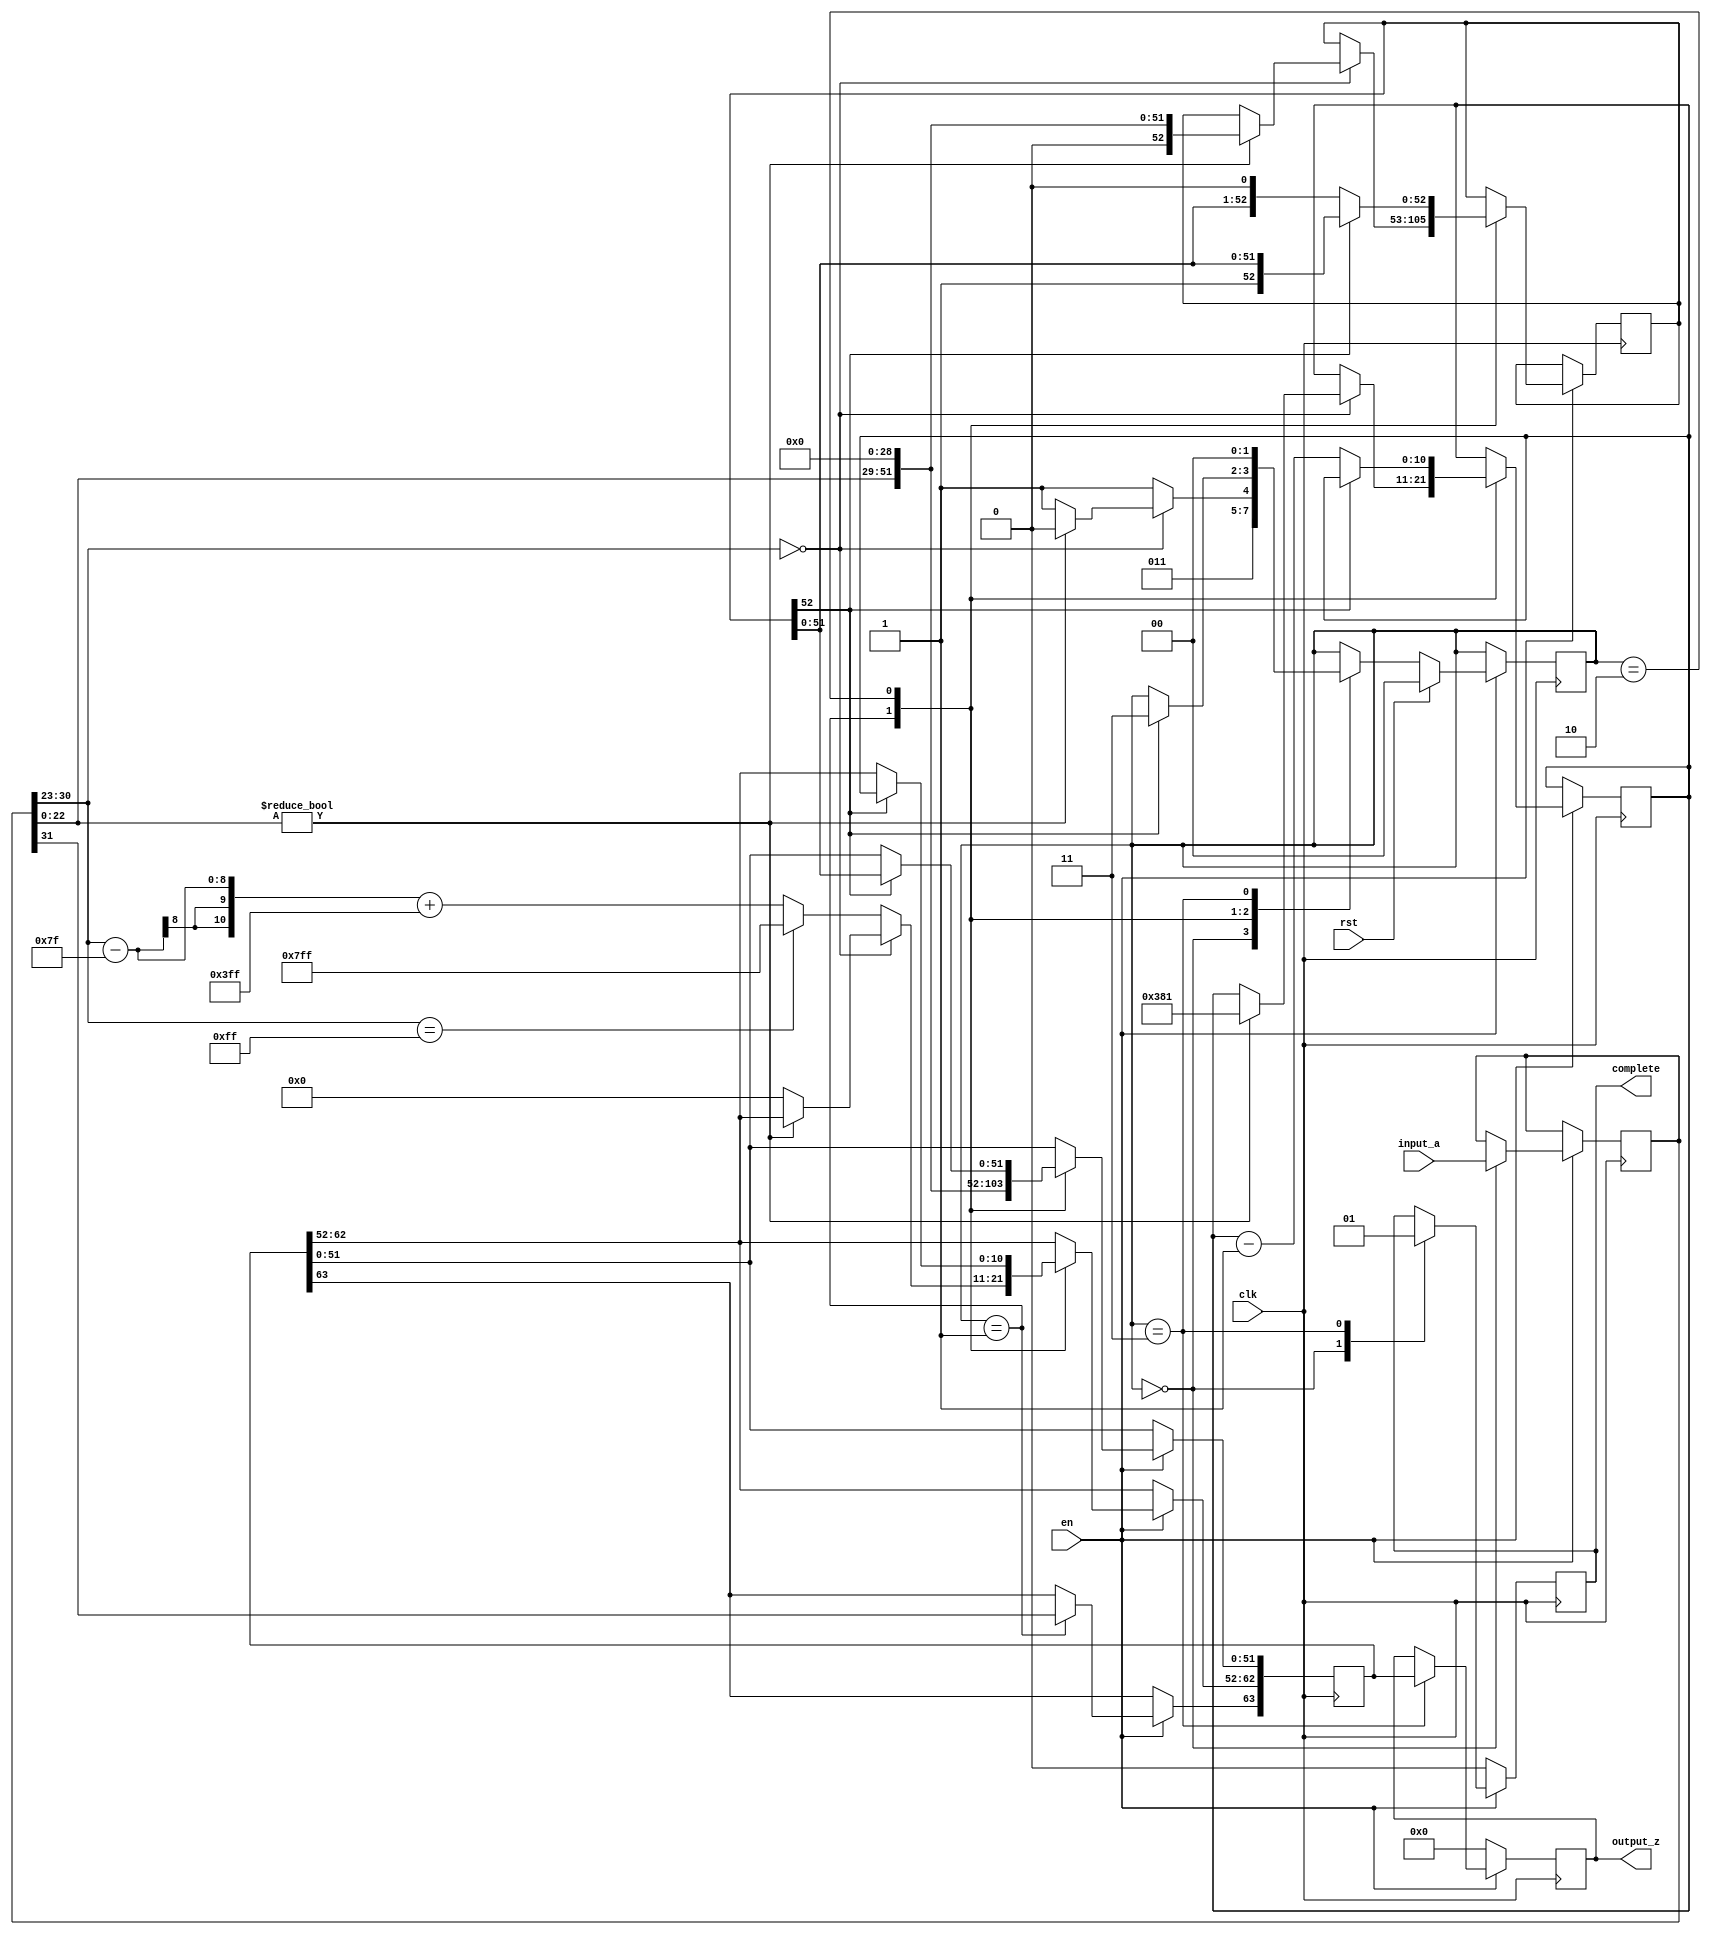
`timescale 1ns / 1ps
//////////////////////////////////////////////////////////////////////////////////
// Company: 
// Engineer: 
// 
// Design Name: 
// Module Name: floattodouble
// Project Name: 
// Target Devices: 
// Tool Versions: 
// Description: 
// 
// Dependencies: 
// 
// Revision:
// Revision 0.01 - File Created
// Additional Comments:
// 
//////////////////////////////////////////////////////////////////////////////////


//Integer to IEEE Floating Point Converter (Double Precision)
//Copyright (C) Jonathan P Dawson 2013
//2013-12-12
module floattodouble(
        input_a,
        clk,
        rst,
        en,
		complete,
        output_z);

  input     clk;
  input     rst;
input   en;
  input     [31:0] input_a;
  output    [63:0] output_z;
    output complete;
  reg       [63:0] s_output_z;
   reg	 s_complete;
 
 
  reg       [1:0] state;
  parameter get_a         = 3'd0,
            convert_0     = 3'd1,
            normalise_0   = 3'd2,
            put_z         = 3'd3;

  reg [63:0] z;
  reg [10:0] z_e;
  reg [52:0] z_m;
  reg [31:0] a;

  always @(posedge clk)
  begin
if(!en)
          begin
              s_output_z <= 0;
			  s_complete <= 0;
          end
       else
      begin
    case(state)

      get_a:
      begin
          a <= input_a;
		  s_complete <= 0;
          state <= convert_0;
      end

      convert_0:
      begin
		z[63] <= a[31];
		z[51:0] <= {a[22:0], 29'd0};
		//if a is denormalize,go to normalize;if a is 0,return 0
        if (a[30:23] == 0)
		begin
            if (a[22:0]) 
			begin
                state <= normalise_0;
                z_e <= 897;
                z_m <= {1'd0, a[22:0], 29'd0};
            end
			else
			begin
            z[62:52] <= 0;
			state <= put_z;
			end
        end
		//if a is inf return inf
		else if (a[30:23] == 255) 
		begin
            z[62:52] <= 2047;
			state <= put_z;
        end
		// a is normal
		else
		begin
			z[62:52] <= (a[30:23] - 127) + 1023;
			state <= put_z;
		end
		
        
      end

      normalise_0:
      begin
        if (z_m[52]) begin
          z[62:52] <= z_e;
          z[51:0] <= z_m[51:0];
          state <= put_z;
        end else begin
          z_m <= {z_m[51:0], 1'd0};
          z_e <= z_e - 1;
        end
      end

      put_z:
      begin
        s_output_z <= z;
		s_complete <= 1;
        state <= get_a;
      end

    endcase

    if (rst == 1) begin
      state <= get_a;
     
    end
end
  end
  assign output_z = s_output_z;
   assign complete = s_complete;
 
endmodule